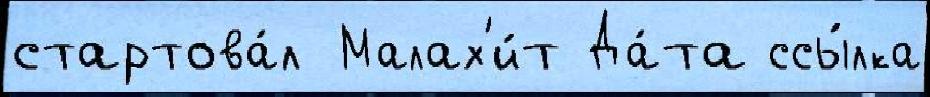
стартова́л Малах'и́т Да́та ссы́лка